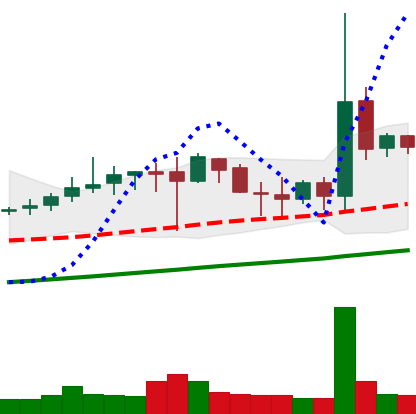
Ticker: DOGE-USD
Chart end date: 2019-07-08
Forward return: -8.71%
Label: down_7plus